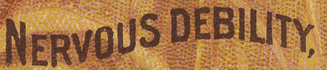
NERVOUS DEBILITY,